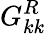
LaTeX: G_{kk}^{R}